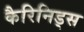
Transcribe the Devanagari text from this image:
कैरिनिड्स